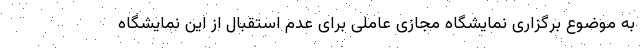
به موضوع برگزاری نمایشگاه مجازی عاملی برای عدم استقبال از این نمایشگاه